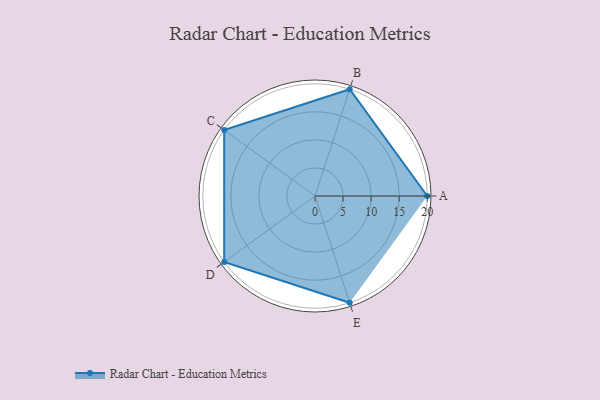
{"axis": {"x": "Skill", "y": "Score"}, "legend": ["Profile"], "data": [{"x": "A", "y": 20, "type": "Profile"}, {"x": "B", "y": 20, "type": "Profile"}, {"x": "C", "y": 20, "type": "Profile"}, {"x": "D", "y": 20, "type": "Profile"}, {"x": "E", "y": 20, "type": "Profile"}]}